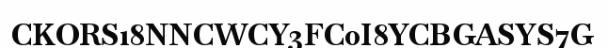
CKORS18NNCWCY3FC0I8YCBGASYS7G